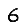
Digit: 6